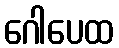
ဂေါပေထ